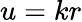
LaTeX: u=kr